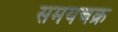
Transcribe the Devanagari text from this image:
समयचक्र